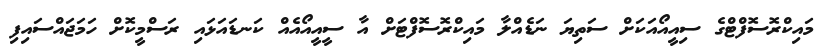
މައިކްރޮސޮފްޓްގެ ސިއީއޯއަކަށް ސަތިޔަ ނަޑެއްލާ މައިކްރޮސޮފްޓަށް އާ ސީއީއޯއެއް ކަނޑައަޅައި ރަސްމީކޮށް ހަމަޖައްސައިފި